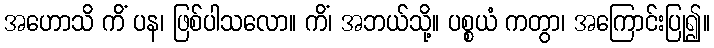
အဟောသိ ကိံ ပန၊ ဖြစ်ပါသလော။ ကိံ၊ အဘယ်သို့။ ပစ္စယံ ကတွာ၊ အကြောင်းပြု၍။